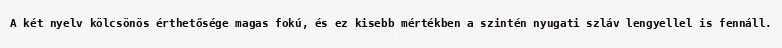
A két nyelv kölcsönös érthetősége magas fokú, és ez kisebb mértékben a szintén nyugati szláv lengyellel is fennáll.